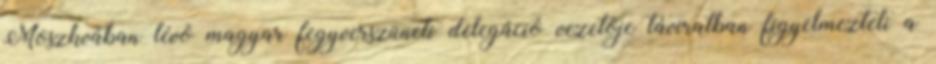
Moszkvában lévõ magyar fegyverszüneti delegáció vezetõje táviratban figyelmezteti a